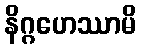
နိဂ္ဂဟေဿာမိ